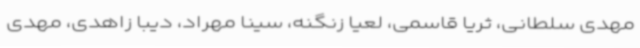
مهدی سلطانی، ثریا قاسمی، لعیا زنگنه، سینا مهراد، دیبا زاهدی، مهدی